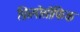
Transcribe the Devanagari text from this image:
फ़िलोसोफिक